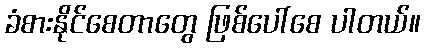
ခံစားနိုင်စေတာတွေ ဖြစ်ပေါ်စေ ပါတယ်။